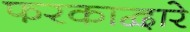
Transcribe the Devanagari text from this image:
फरकाद्वारे